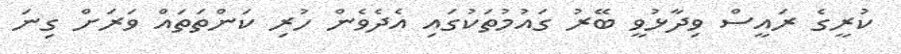
ކުރީގެ ރައީސް ވިދާޅުވީ ބޭރު ގައުމުތަކުގައި އެދެވެން ހުރި ކަންތަތައް ވަރަށް ގިނަ